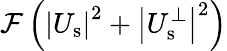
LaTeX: \mathcal{F}\left({\left|U_{\mathrm{s}}\right|}^{2}+\left|U_{\mathrm{s}}^{\perp}\right|^{2}\right)